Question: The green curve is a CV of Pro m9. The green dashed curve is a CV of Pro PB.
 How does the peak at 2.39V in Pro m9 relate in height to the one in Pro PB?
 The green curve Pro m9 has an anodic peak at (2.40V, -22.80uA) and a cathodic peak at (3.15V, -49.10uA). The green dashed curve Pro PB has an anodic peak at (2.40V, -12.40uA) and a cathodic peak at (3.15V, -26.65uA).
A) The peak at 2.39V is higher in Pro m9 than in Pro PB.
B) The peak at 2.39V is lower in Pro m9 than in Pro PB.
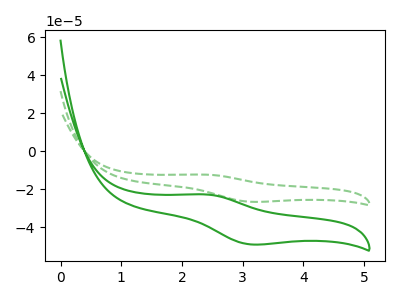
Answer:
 <answer>B) The peak at 2.39V is lower in "Pro m9" than in "Pro PB".</answer>
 <eval>B</eval>